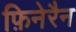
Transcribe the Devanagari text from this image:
फ़िनेरैन